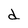
Character: d